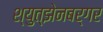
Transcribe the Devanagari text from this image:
श्युत्झेनबर्गर